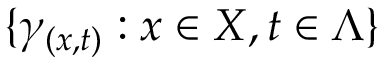
\{ \gamma _ { ( x , t ) } : x \in X , t \in \Lambda \}